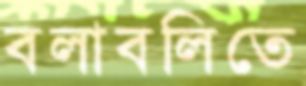
বলাবলিতে